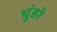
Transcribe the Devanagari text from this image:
घुंडरे